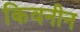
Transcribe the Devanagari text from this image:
किवनीन